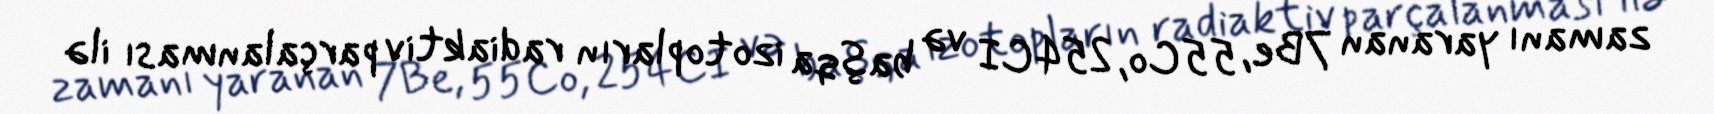
zamanı yaranan 7Be, 55Co, 254CI və başqa izotopların radiaktiv parçalanması ilə